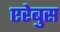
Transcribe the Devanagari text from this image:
एरेबुस